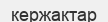
кержактар